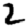
Digit: 2